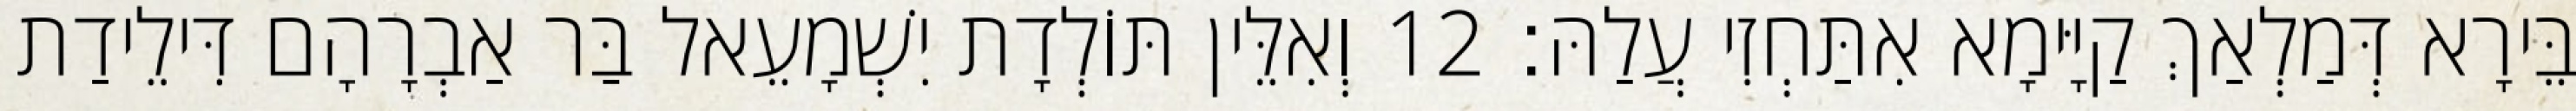
בֵּירָא דְּמַלְאַךְ קַיָּימָא אִתַּחְזִי עֲלַהּ׃ 12 וְאִלֵּין תּוֹלְדָת יִשְׁמָעֵאל בַּר אַבְרָהָם דִּילֵידַת